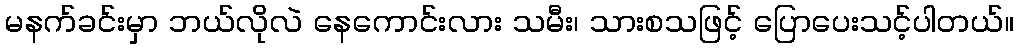
မနက်ခင်းမှာ ဘယ်လိုလဲ နေကောင်းလား သမီး၊ သားစသဖြင့် ပြောပေးသင့်ပါတယ်။